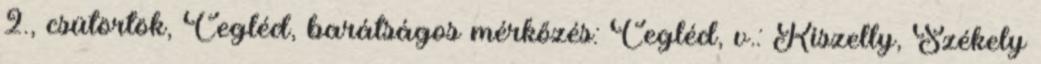
2., csütörtök, Cegléd, barátságos mérkőzés: Cegléd, v.: Kiszelly, Székely